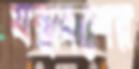
যন্ত্রাংশের